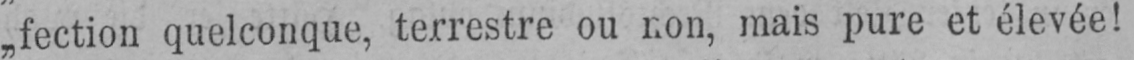
„fection quelconque, terrestre ou non, mais pure et élevée!